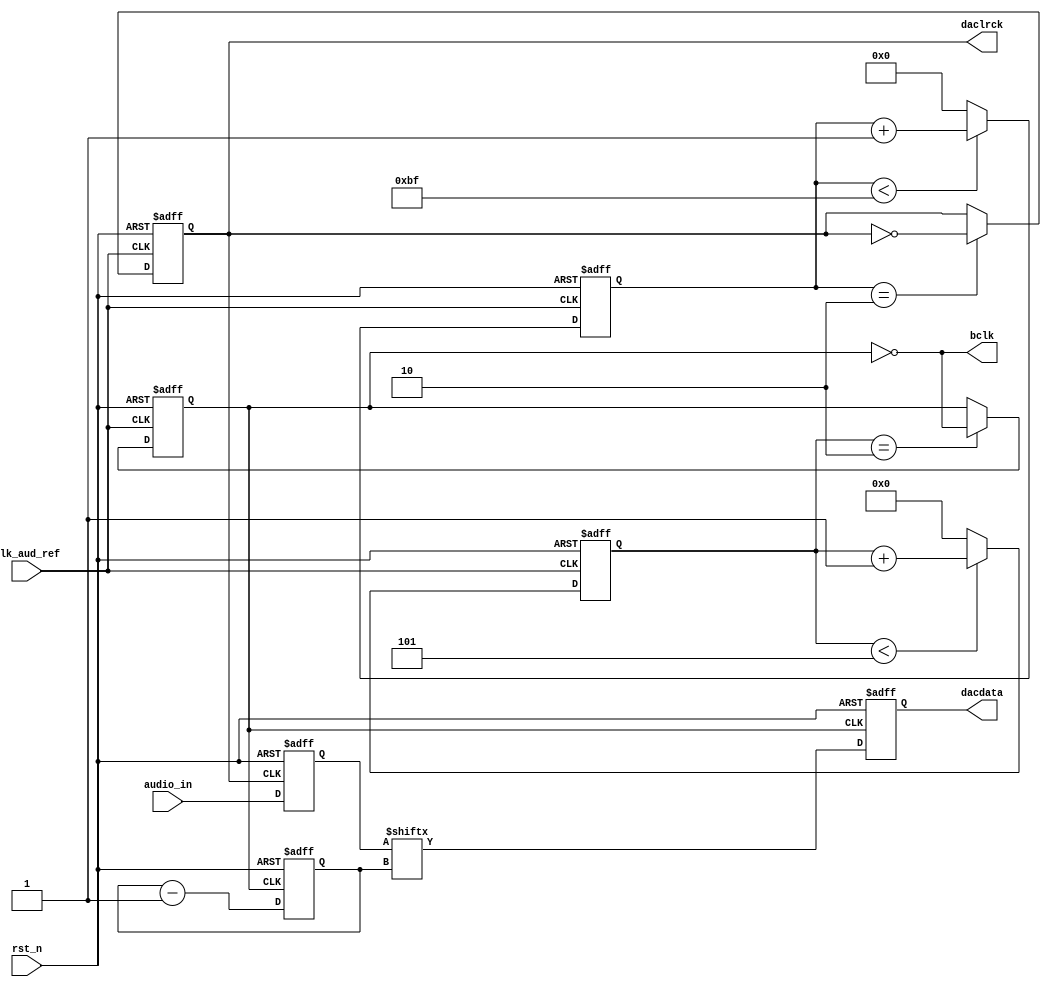
module  audio(
		clk_aud_ref	,
		rst_n			,
		bclk			,
		dacdata		,
		daclrck		,
		audio_in		
	);

	
	input clk_aud_ref	; //  18.432MHz
	input rst_n			;
	input [15:0]audio_in		;
	output bclk			;
	output reg dacdata		;
	output daclrck		;
		
	reg	[7:0]dac_clk_cnt;
	reg dacclk;
	reg [3:0]data_rt_cnt;
	reg data_rt_clk;
	reg [3:0]data_bit_cnt;
	reg [5:0]test_audio_idx;
	reg [15:0]audio_data;
	
	assign bclk = ~data_rt_clk;
	assign daclrck = dacclk;
	/*48kHz  */
	always@(posedge clk_aud_ref or negedge rst_n)
	if(!rst_n)
		dac_clk_cnt <= 8'd0;
	else if(dac_clk_cnt < 8'd191)
		dac_clk_cnt <= dac_clk_cnt + 1'b1;
	else
		dac_clk_cnt <= 8'd0;
	/*48kHz */
	always@(posedge clk_aud_ref or negedge rst_n)
	if(!rst_n)
		dacclk <= 1'b0;
	else if(dac_clk_cnt ==  4'd2)
		dacclk <= ~dacclk;
		
	/*48*32 kHz  */
	always@(posedge clk_aud_ref or negedge rst_n)
	if(!rst_n)
		data_rt_cnt <= 4'd0;
	else if(data_rt_cnt < 4'd5)
		data_rt_cnt <= data_rt_cnt + 1'b1;
	else 
		data_rt_cnt <= 4'd0;

	/*48*32 kHz */
	always@(posedge clk_aud_ref or negedge rst_n)
	if(!rst_n)
		data_rt_clk <= 1'b0;
	else if(data_rt_cnt ==  4'd2)
		data_rt_clk <= ~data_rt_clk;
		
	/**/
	always@(posedge data_rt_clk or negedge rst_n)
	if(!rst_n)
		data_bit_cnt <= 4'd15;
	else
		data_bit_cnt <= data_bit_cnt - 1'b1;	
	
	always@(posedge dacclk or negedge rst_n)
	if(!rst_n)
		test_audio_idx <= 6'd0;
	else if(test_audio_idx <= 6'd47)
		test_audio_idx <= test_audio_idx + 1'b1;
	else
		test_audio_idx <= 6'd0;
	
	/**/ 
	always@(posedge data_rt_clk or negedge rst_n)
	if(!rst_n)
		dacdata <= 1'd0;
	else
		dacdata <= audio_data[data_bit_cnt];//((audio_data << data_bit_cnt)&16'h80)>>15);	
	
	
	always@(posedge dacclk or negedge rst_n)
	if(!rst_n)
		audio_data <= 16'd0;
	else
		audio_data <= audio_in;
	
	
	
/*
	always@(posedge dacclk or negedge rst_n)
	if(!rst_n)
		audio_data <= 16'd0;
	else case(test_audio_idx)
		 0 :  audio_data = 16'd0 ; //32767*sin0               
		 1 :  audio_data = 16'd4276 ; //32767*sin7.5               
		 2 :  audio_data = 16'd8480 ; //32767*sin15               
		 3 :  audio_data = 16'd12539 ;               
		 4 :  audio_data = 16'd16383 ;               
		 5 :  audio_data = 16'd19947 ;               
		 6 :  audio_data = 16'd23169 ;               
		 7 :  audio_data = 16'd25995 ;               
		 8 :  audio_data = 16'd28377 ;               
		 9 :  audio_data = 16'd30272 ;               
		 10 : audio_data = 16'd31650 ;               
		 11 : audio_data = 16'd32486 ;               
		 12 : audio_data = 16'd32767 ;               
		 13 : audio_data = 16'd32486 ;               
		 14 : audio_data = 16'd31650 ;               
		 15 : audio_data = 16'd30272 ;               
		 16 : audio_data = 16'd28377 ;               
		 17 : audio_data = 16'd25995 ;               
		 18 : audio_data = 16'd23169 ;               
		 19 : audio_data = 16'd19947 ;               
		 20 : audio_data = 16'd16383 ;               
		 21 : audio_data = 16'd12539 ;               
		 22 : audio_data = 16'd8480 ;               
		 23 : audio_data = 16'd4276 ;               
		 24 : audio_data = 16'd0 ;               
		 25 : audio_data = 16'd61259 ;               
		 26 : audio_data = 16'd57056 ;               
		 27 : audio_data = 16'd52997 ;               
		 28 : audio_data = 16'd49153 ;               
		 29 : audio_data = 16'd45589 ;               
		 30 : audio_data = 16'd42366 ;               
		 31 : audio_data = 16'd39540 ;               
		 32 : audio_data = 16'd37159 ;               
		 33 : audio_data = 16'd35263 ;               
		 34 : audio_data = 16'd33885 ;               
		 35 : audio_data = 16'd33049 ;               
		 36 : audio_data = 16'd32768 ;               
		 37 : audio_data = 16'd33049 ;               
		 38 : audio_data = 16'd33885 ;               
		 39 : audio_data = 16'd35263 ;               
		 40 : audio_data = 16'd37159 ;               
		 41 : audio_data = 16'd39540 ;               
		 42 : audio_data = 16'd42366 ;               
		 43 : audio_data = 16'd45589 ;               
		 44 : audio_data = 16'd49152 ;               
		 45 : audio_data = 16'd52997 ;               
		 46 : audio_data = 16'd57056 ;               
		 47 : audio_data = 16'd61259 ; 
		default : audio_data = 16'd0;
	endcase
	
*/	
	
endmodule